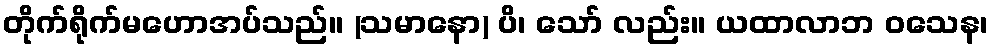
တိုက်ရိုက်မဟောအပ်သည်။ (သမာနော) ပိ၊ သော် လည်း။ ယထာလာဘ ဝသေန၊